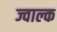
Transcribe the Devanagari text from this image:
ज्वाल्क